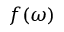
f ( \omega )